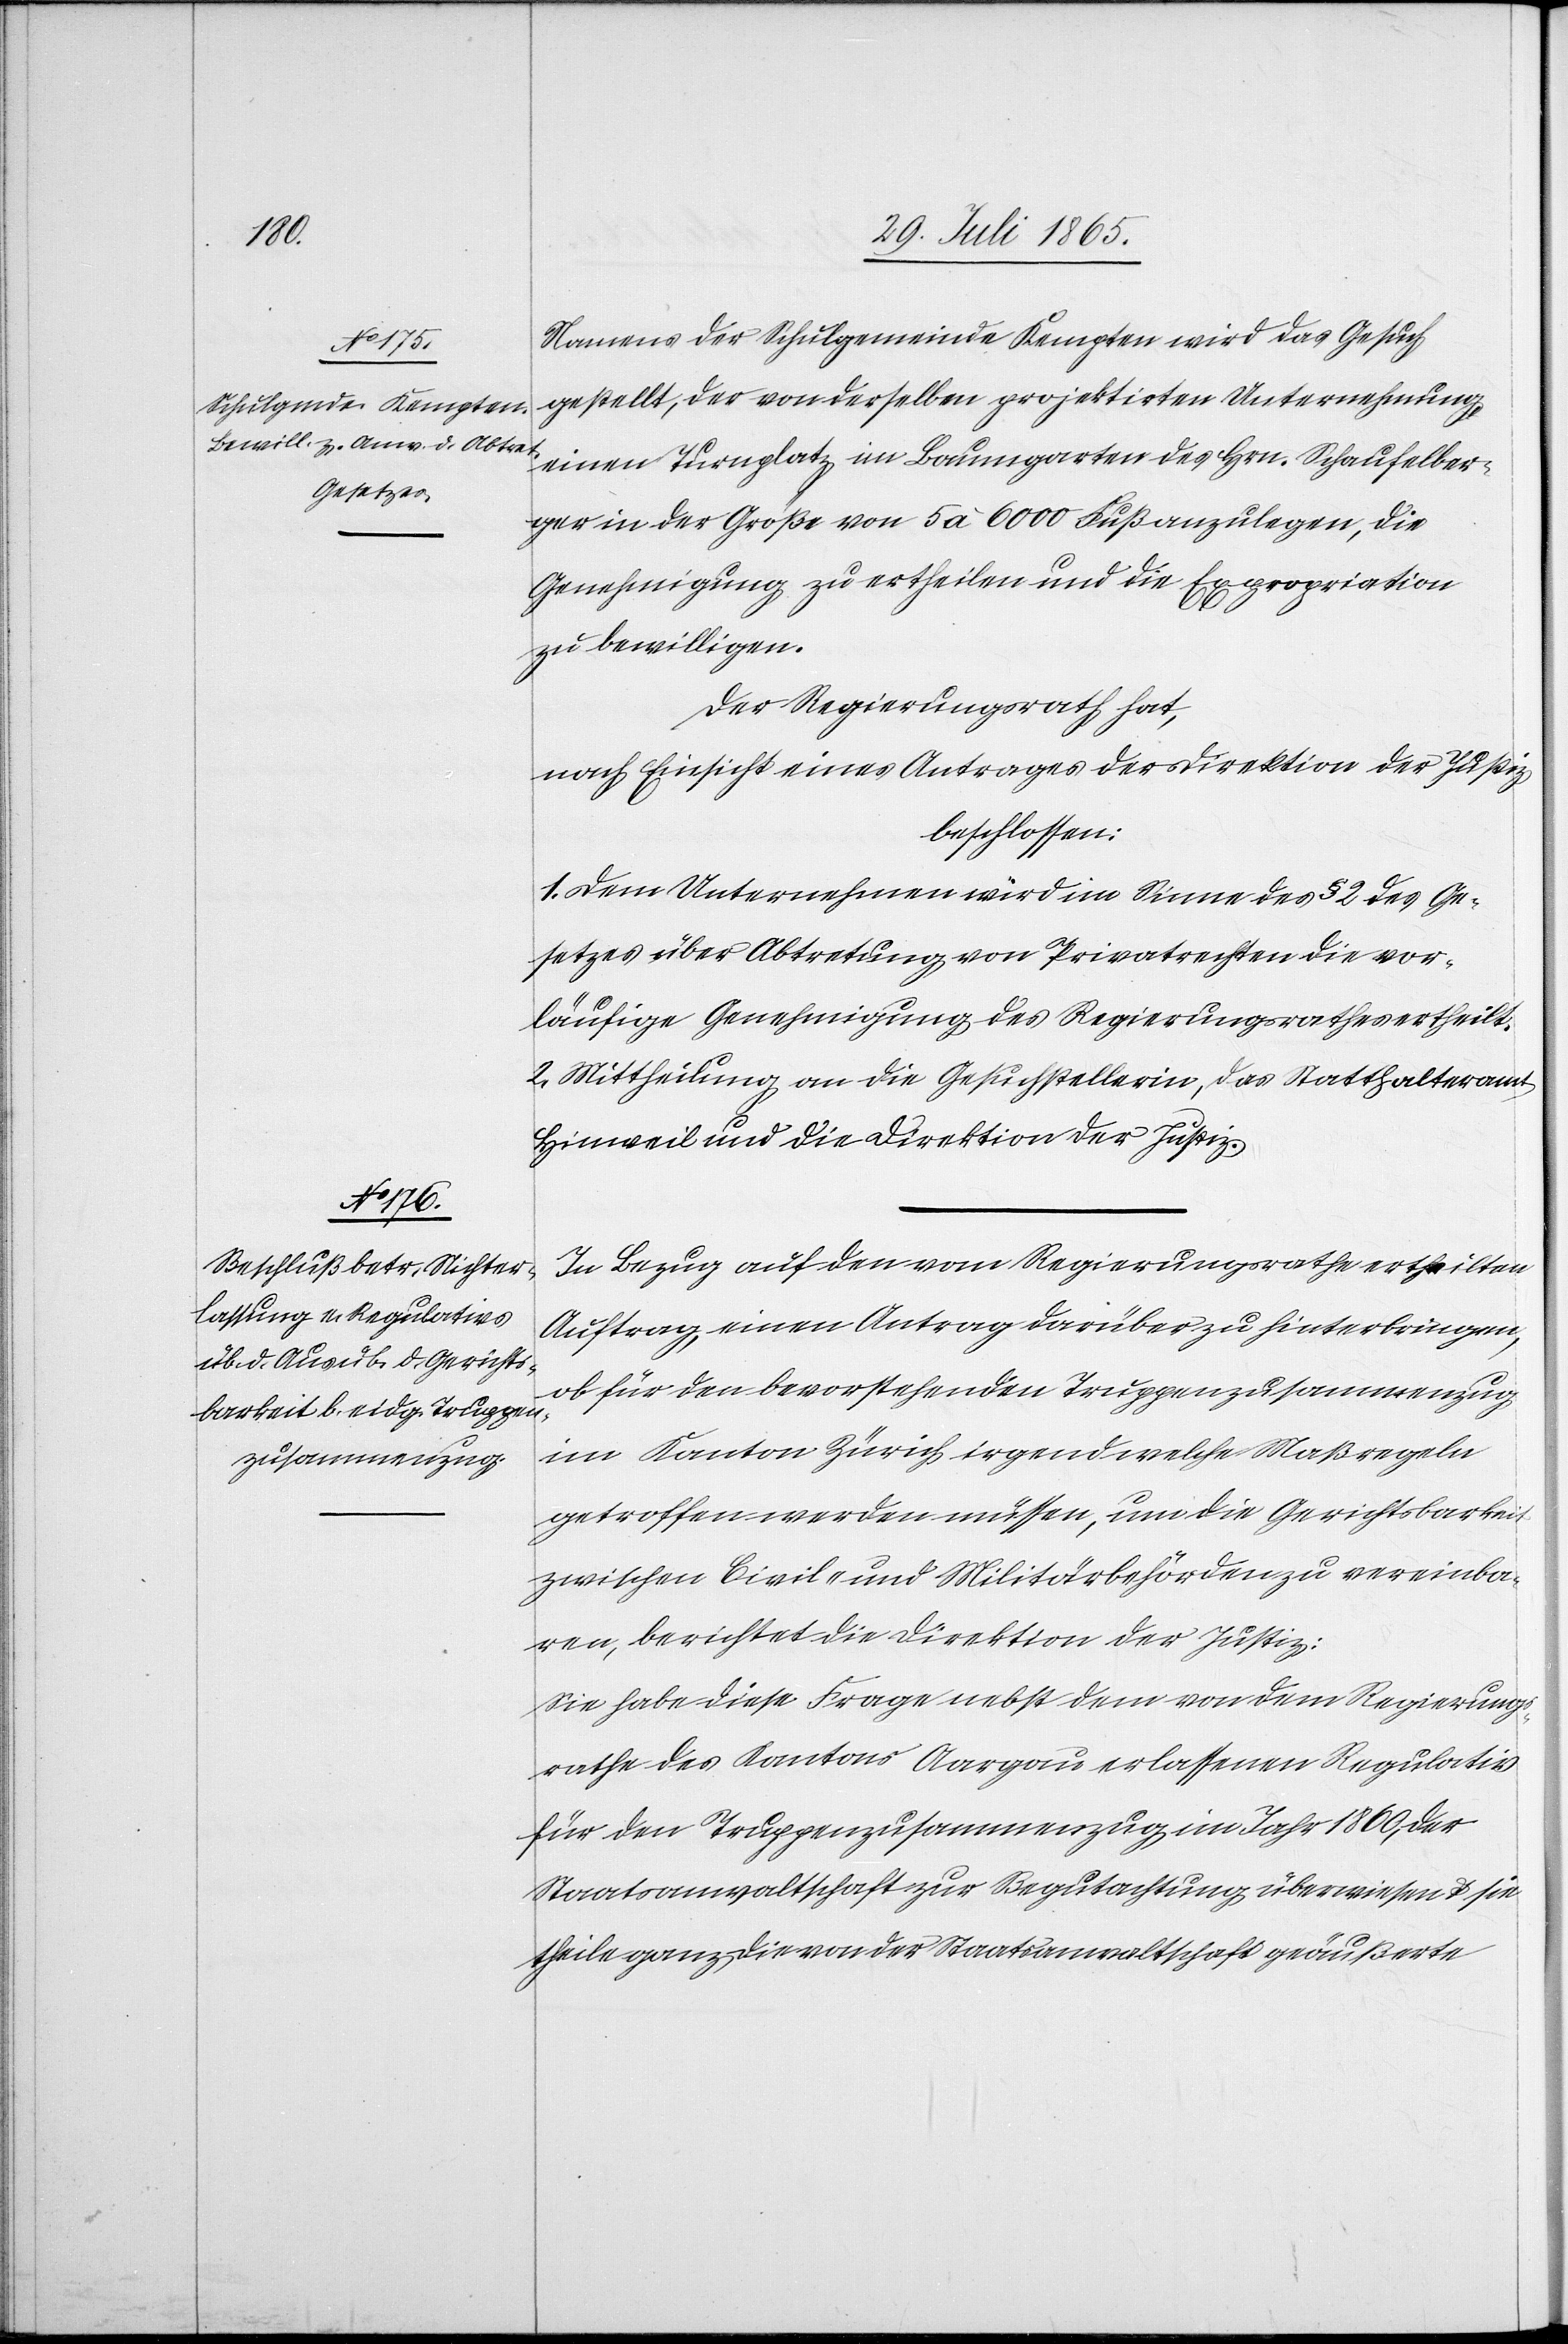
t

Namens der Schulgemeinde Kempten wird das Gesuch
gestellt, der von derselben projektirten Unternehmung,
einen Turnplatz im Baumgarten des Hrn. Schaufelber¬
ger in der Größe von 5 à 6000 Fuß anzulegen, die
Genehmigung zu ertheilen und die Expropriation
zu bewilligen.
Der Regierungsrath hat,
nach Einsicht eines Antrages der Direktion der Justiz,
beschlossen:
1. Dem Unternehmen wird im Sinne des § 2 des Ge¬
setzes über Abtretung von Privatrechten die vor¬
läufige Genehmigung des Regierungsrathes ertheilt.
2. Mittheilung an die Gesuchstellerin, das Statthalteramt
Hinweil und die Direktion der Justiz.
In Bezug auf den vom Regierungsrathe ertheilten
Auftrag, einen Antrag darüber zu hinterbringen,
ob für den bevorstehenden Truppenzusammenzug
im Kanton Zürich irgend welche Maßregeln
getroffen werden müssen, um die Gerichtsbarkei¬
zwischen Civil- und Militärbehörden zu vereinba¬
ren, berichtet die Direktion der Justiz:
Sie habe diese Frage nebst dem von dem Regierungs¬
rathe des Kantons Aargau erlassenen Regulativ
für den Truppenzusammenzug im Jahr 1860, der
Staatsanwaltschaft zur Begutachtung überwiesen u. sie
theile ganz die von der Staatsanwaltschaft geäußerte